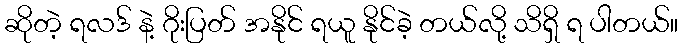
ဆိုတဲ့ ရလဒ် နဲ့ ဂိုးပြတ် အနိုင် ရယူ နိုင်ခဲ့ တယ်လို့ သိရှိ ရ ပါတယ်။